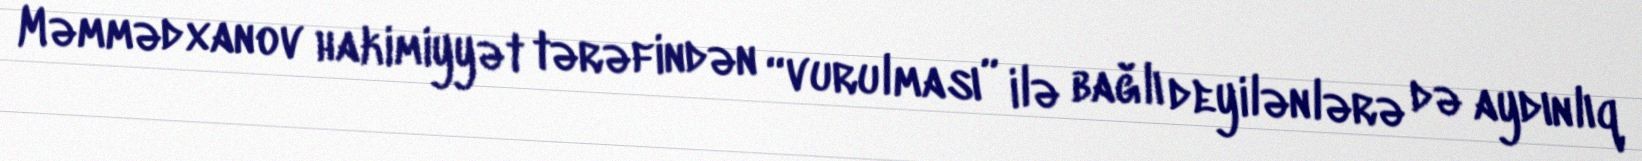
Məmmədxanov hakimiyyət tərəfindən “vurulması” ilə bağlı deyilənlərə də aydınlıq